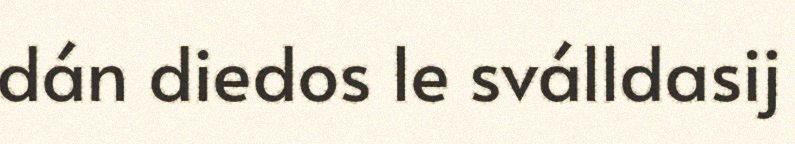
dán diedos le sválldasij